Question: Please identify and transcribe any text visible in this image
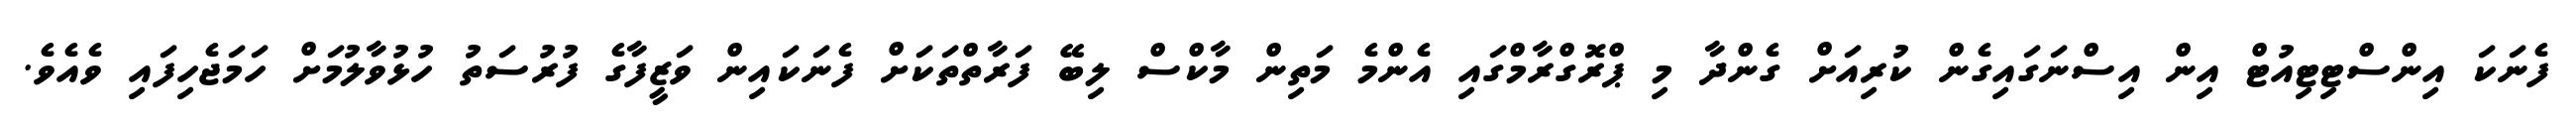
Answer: ފެނަކަ އިންސްޓިޓިއުޓް އިން އިސްނަގައިގެން ކުރިއަށް ގެންދާ މި ޕްރޮގްރާމްގައި އެންމެ މަތިން މާކްސް ލިބޭ ފަރާތްތަކަށް ފެނަކައިން ވަޒީފާގެ ފުރުސަތު ހުޅުވާލުމަށް ހަމަޖެހިފައި ވެއެވެ.